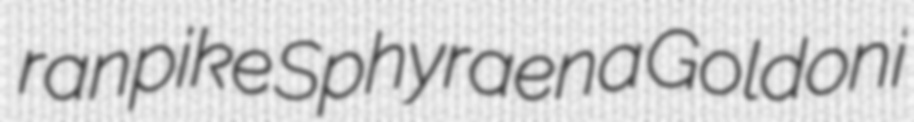
ranpike Sphyraena Goldoni